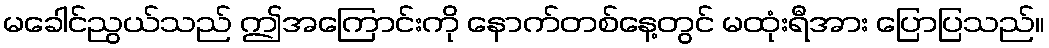
မခေါင်ညွယ်သည် ဤအကြောင်းကို နောက်တစ်နေ့တွင် မထုံးရီအား ပြောပြသည်။